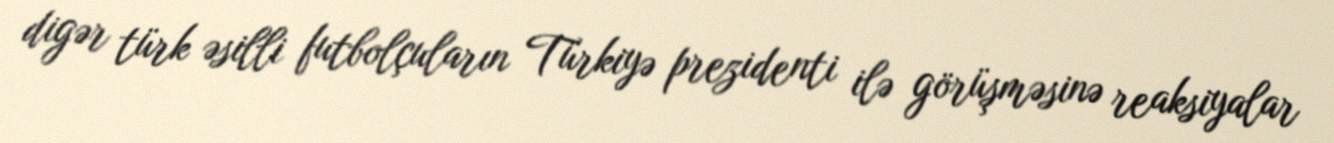
digər türk əsilli futbolçuların Türkiyə prezidenti ilə görüşməsinə reaksiyalar